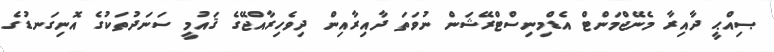
ޞިއްޙީ ދާއިރާ މެނޭޖްމަންޓް އެޑްމިނިސްޓްރޭޝަން ނުވަތަ ދާއިރާއިން ދިވެހިރާއްޖޭގެ ޤައުމީ ސަނަދުތަކުގެ އޮނިގަނޑުގެ